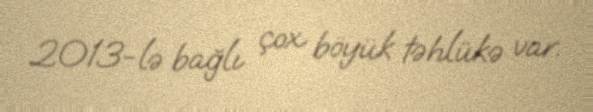
2013-lə bağlı çox böyük təhlükə var.